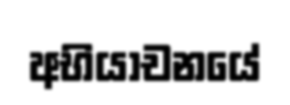
අභියාචනයේ